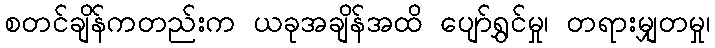
စတင်ချိန်ကတည်းက ယခုအချိန်အထိ ပျော်ရွှင်မှု၊ တရားမျှတမှု၊